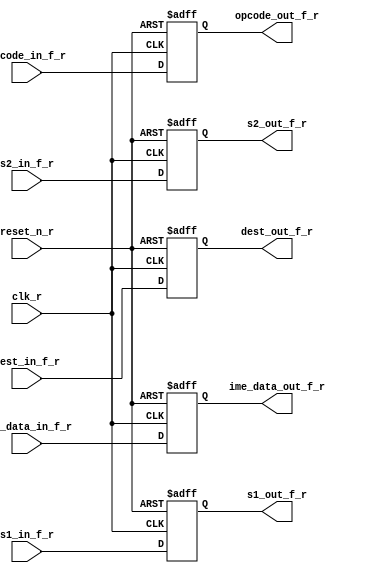
`timescale 1ns / 1ps
//////////////////////////////////////////////////////////////////////////////////
// Company: 
// Engineer: 
// 
// Design Name: 
// Module Name:    reciever_fetch 
// Project Name: 
// Target Devices: 
// Tool versions: 
// Description: 
//
// Dependencies: 
//
// Revision: 1
// Revision 0.01 - File Created
// Additional Comments: 
//
//////////////////////////////////////////////////////////////////////////////////
module reciever_fetch(
    input [4:0] opcode_in_f_r,
    input [3:0] s1_in_f_r,
    input [3:0] s2_in_f_r,
    input [3:0] dest_in_f_r,
    input [31:0] ime_data_in_f_r,
    output reg [4:0] opcode_out_f_r,
    output reg [3:0] s1_out_f_r,
    output reg [3:0] s2_out_f_r,
    output reg [3:0] dest_out_f_r,
    output reg [31:0] ime_data_out_f_r,
    input clk_r,
    input reset_n_r
    );
always@(posedge clk_r or negedge reset_n_r)
begin
  if(~reset_n_r)
  begin
    opcode_out_f_r<=0;
	 s1_out_f_r<=0;
	 s2_out_f_r<=0;
	 dest_out_f_r<=0;
	 ime_data_out_f_r<=0;
  end
  else
  begin
    opcode_out_f_r<=opcode_in_f_r;
	 s1_out_f_r<=s1_in_f_r;
	 s2_out_f_r<=s2_in_f_r;
	 dest_out_f_r<=dest_in_f_r;
	 ime_data_out_f_r<=ime_data_in_f_r;
  end
end
endmodule